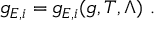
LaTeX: g _ { E , i } = g _ { E , i } ( g , T , \Lambda ) \ .